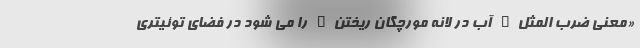
«معنی ضرب المثل" آب در لانه مورچگان ریختن" را می شود در فضای توئیتری